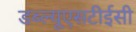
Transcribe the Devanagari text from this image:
डब्ल्यूएसटीईसी